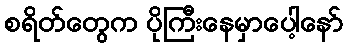
စရိတ်တွေက ပိုကြီးနေမှာပေါ့နော်